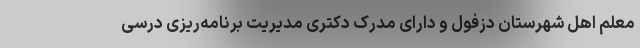
معلم اهل شهرستان دزفول و دارای مدرک دکتری مدیریت برنامه‌ریزی درسی